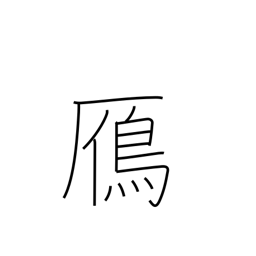
Meaning: wild goose